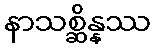
နာသစ္ဆိန္နဿ